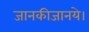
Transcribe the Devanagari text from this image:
जानकीजानये।